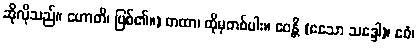
ဆိုလိုသည်။ ဟောတိ၊ ဖြစ်၏။) တထာ၊ ထိုမှတစ်ပါး။ ဧဝန္တိ (ဧသော သဒ္ဒေါ)၊ ဧဝံ၊